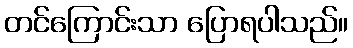
တင်ကြောင်းသာ ပြောရပါသည်။